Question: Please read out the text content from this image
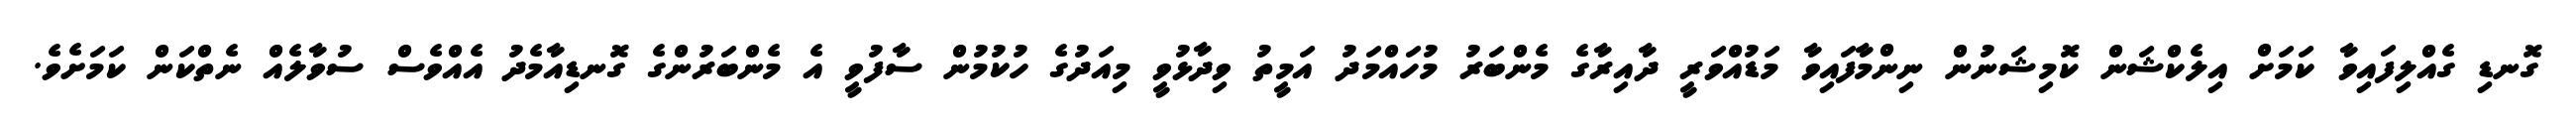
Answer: ގޮނޑި ގެއްލިފައިވާ ކަމަށް އިލެކްޝަން ކޮމިޝަނުން ނިންމާފައިވާ މަޑުއްވަރީ ދާއިރާގެ މެންބަރު މުހައްމަދު އަމީތު ވިދާޅުވީ މިއަދުގެ ހުކުމުން ސާފުވީ އެ މެންބަރުންގެ ގޮނޑިއާމެދު އެއްވެސް ސުވާލެއް ނެތްކަން ކަމަށެވެ.